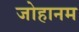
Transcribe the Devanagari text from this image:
जोहानम